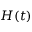
H ( t )